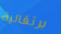
برتقالية